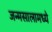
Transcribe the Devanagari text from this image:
जन्मसालामध्ये